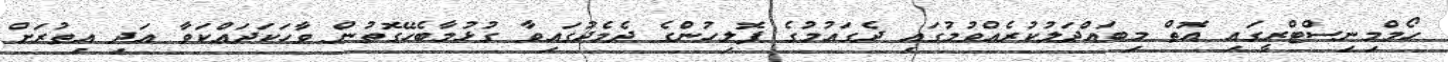
ހޯމްމިނިސްޓްރީގައި އޮތް މިބައްދަލުކުރެއްވުމުގައި ދެގައުމުގެ ޕޮލިހުންގެ ދެމެދުގައިވާ ގުޅުމާބެހޭގޮތުން ވާހަކަދައްކަވާ އަދި އިތުރަށް